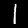
Label: 1